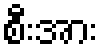
စီးအား